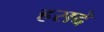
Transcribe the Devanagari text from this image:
हसदे